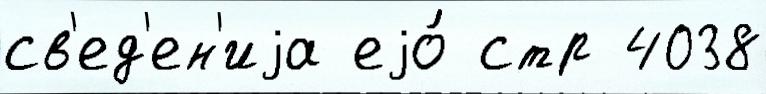
св'ед'ен'иjа еjо́ стр 4038